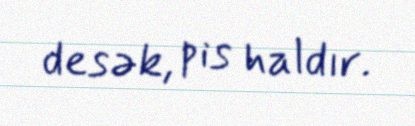
desək, pis haldır.